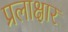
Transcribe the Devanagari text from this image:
प्रलाक्षार